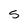
Character: 5